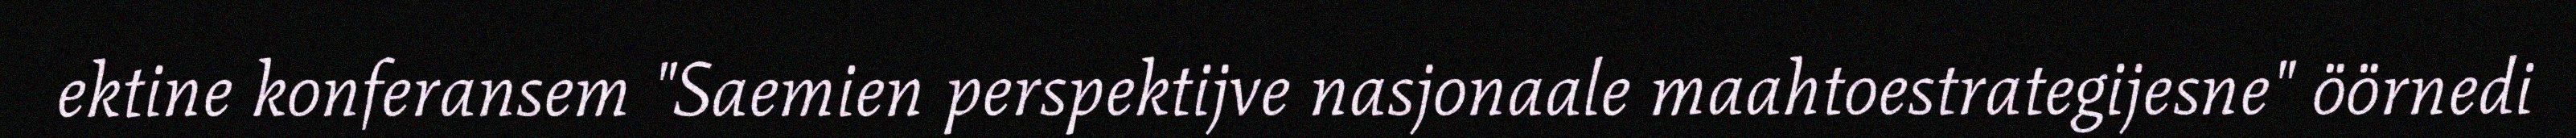
ektine konferansem "Saemien perspektijve nasjonaale maahtoestrategijesne" öörnedi